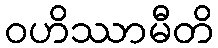
ဝဟိဿာမီတိ